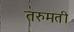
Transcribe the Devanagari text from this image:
तरुमती